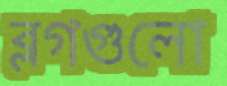
ব্লগগুলো